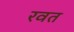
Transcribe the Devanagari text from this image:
रवत